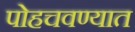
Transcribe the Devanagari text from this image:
पोहचवण्यात